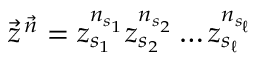
\vec { z } ^ { \, \vec { n } } = z _ { s _ { 1 } } ^ { n _ { s _ { 1 } } } z _ { s _ { 2 } } ^ { n _ { s _ { 2 } } } \ldots z _ { s _ { \ell } } ^ { n _ { s _ { \ell } } }